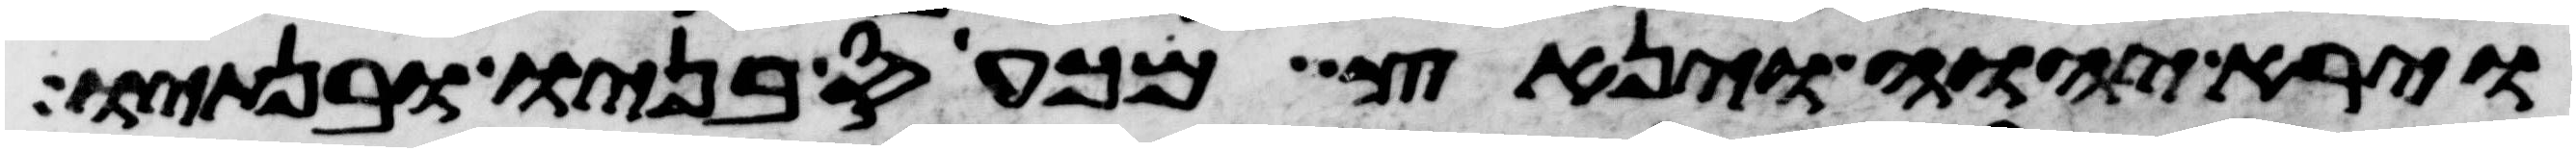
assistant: וירא יהוה וינאץ מכעס בניו ובנתיו